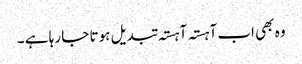
وہ بھی اب آہستہ آہستہ تبدیل ہوتا جا رہا ہے ۔